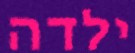
ילדה